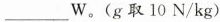
___W。(g取10N/kg)